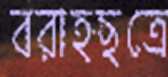
বরাহছত্রে